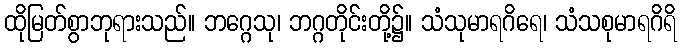
ထိုမြတ်စွာဘုရားသည်။ ဘဂ္ဂေသု၊ ဘဂ္ဂတိုင်းတို့၌။ သံသုမာရဂိရေ၊ သံသစုမာရဂိရိ